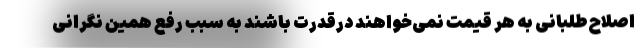
اصلاح‌طلبانی به هر قیمت نمی‌خواهند درقدرت باشند به سبب رفع همین نگرانی